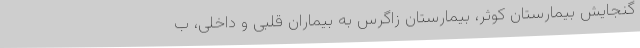
گنجایش بیمارستان کوثر، بیمارستان زاگرس به بیماران قلبی و داخلی، ب